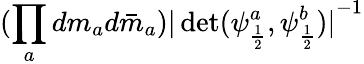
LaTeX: (\prod_{a}dm_{a}d\bar{m}_{a}){\vert\operatorname*{det}(\psi_{\frac{1}{2}}^{a},\psi_{\frac{1}{2}}^{b})\vert}^{-1}